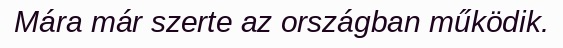
Mára már szerte az országban működik.